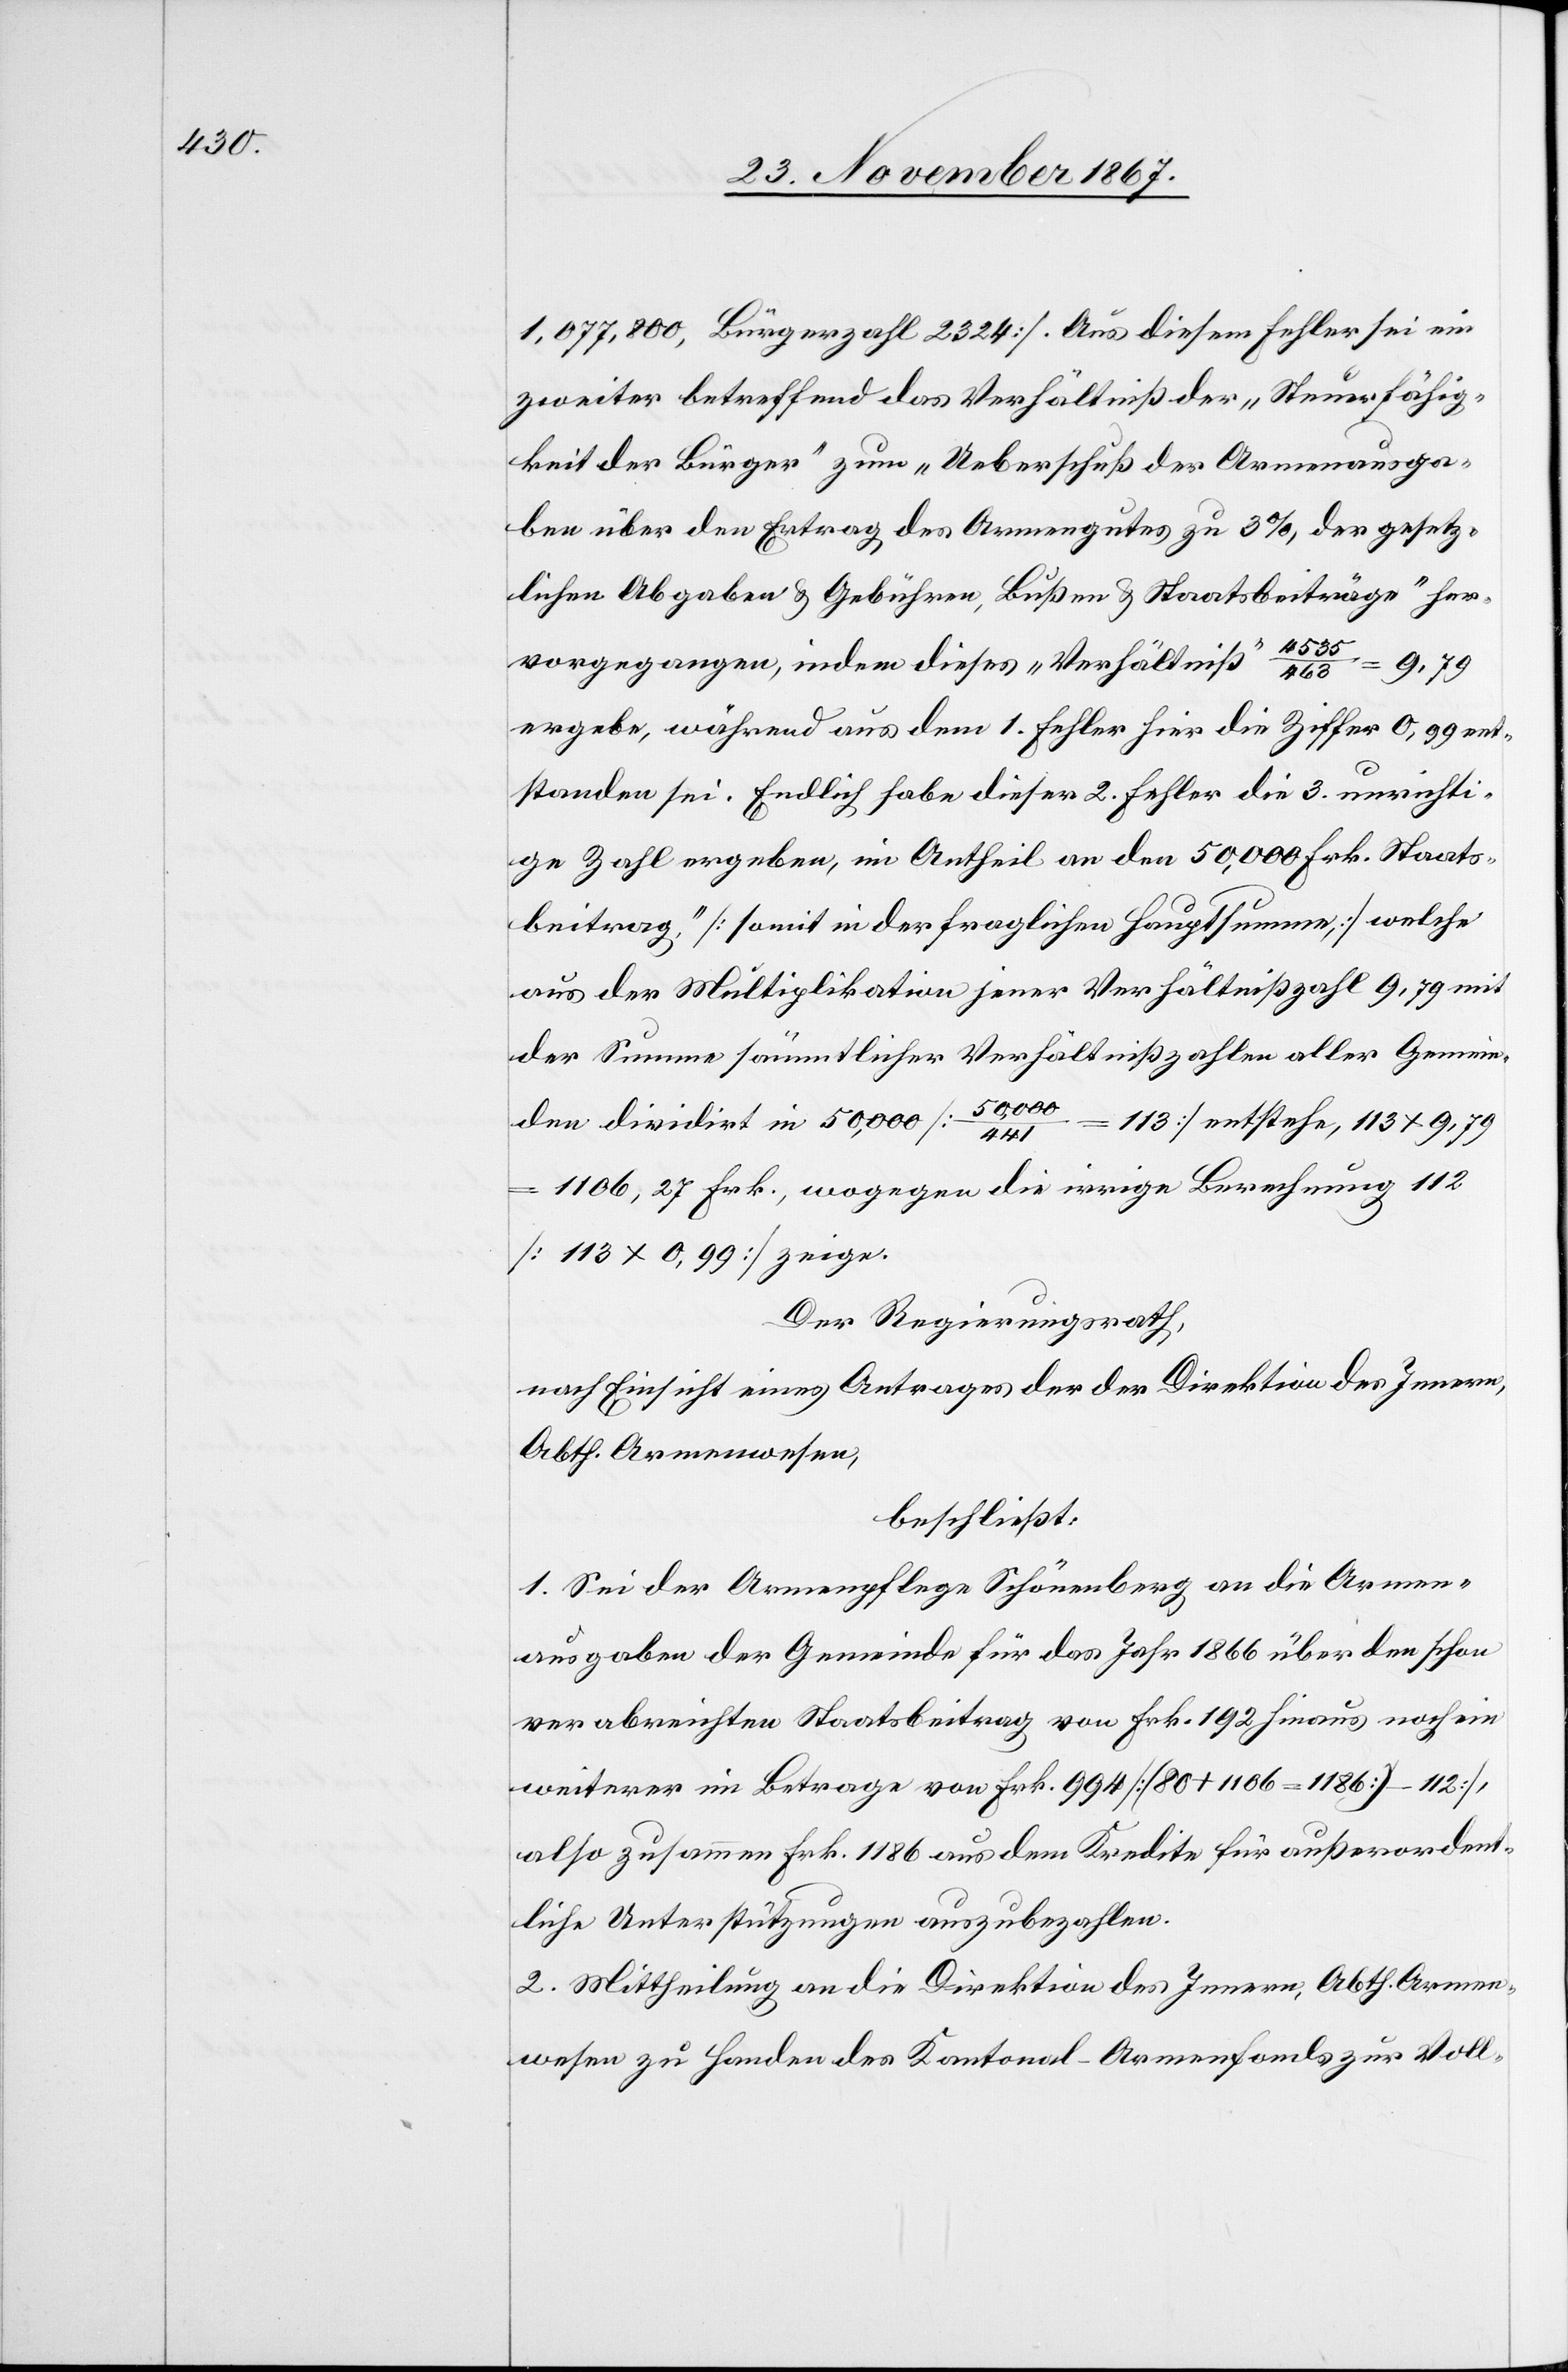
1 077 800, Bürgerzahl 2324]. Aus diesem Fehler sei ein
zweiter betreffend das Verhältniß der „Steuerfähig¬
keit der Bürger“ zum „Ueberschuß der Armenausga¬
ben über den Ertrag des Armengutes zu 3%, der gesetz¬
lichen Abgaben u. Gebühren, Bußen u. Staatsbeiträge“ her¬
9,79
vorgegangen, indem dieses „Verhältniß“
ergebe, während aus dem 1. Fehler hier die Ziffer 0,99 ent¬
standen sei. Endlich habe dieser 2. Fehler die 3. unrichti¬
ge Zahl ergeben, ein Antheil an den 50 000 Frk. Staats¬
beitrag, [somit in der fraglichen Hauptsumme], welche
aus der Multiplikation jener Verhältnißzahl 9,79 mit
der Summe sämmtlicher Verhältnißzahlen aller Gemein¬
den dividirt in 50 000 [50
113] entstehe, 113 x 9,79
1106,27 Frk., wogegen die irrige Berechnung 112
[113 x 0,99] zeige.
Der Regierungsrath,
nach Einsicht eines Antrages der Direktion des Innern,
Abth. Armenwesen,
beschließt:
1. Sei der Armenpflege Schönenberg an die Armen¬
ausgaben der Gemeinde für das Jahr 1866 über den schon
verabreichten Staatsbeitrag von Frk. 192 hinaus noch ein
weiterer im Betrage von Frk. 994 [(80 + 1106 = 1186) - 112],
also zusammen Frk. 1186 aus dem Kredite für außerordent¬
liche Unterstützungen auszubezahlen.
2. Mittheilung an die Direktion des Innern, Abth. Armen¬
wesen zu Handen des Kantonal-Armenfonds zur Voll-